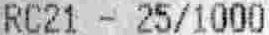
RC21 - 25/1000